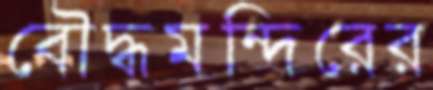
বৌদ্ধমন্দিরের